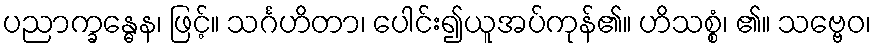
ပညာက္ခန္ဓေန၊ ဖြင့်။ သင်္ဂဟိတာ၊ ပေါင်း၍ယူအပ်ကုန်၏။ ဟိသစ္စံ၊ ၏။ သဗ္ဗေဝ၊